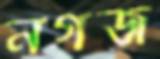
নগজ